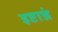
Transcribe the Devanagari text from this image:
इष्टान्नं